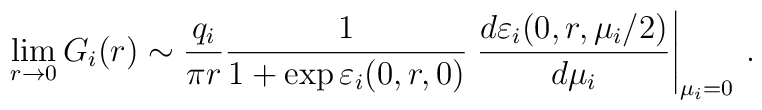
\lim\limits_{r\rightarrow 0}G_{i}(r)\sim \frac{q_{i}}{\pi r}\frac{1}{1+\exp\varepsilon _{i}(0,r,0)}\left. \frac{d\varepsilon _{i}(0,r,\mu _{i}/2)}{d\mu_{i}}\right\vert _{\mu _{i}=0}\,.